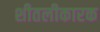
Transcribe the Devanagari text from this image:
शीतलीकारक